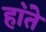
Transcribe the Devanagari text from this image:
हा॓ते